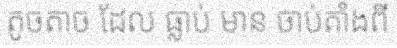
តូចតាច ដែល ធ្លាប់ មាន ចាប់តាំងពី